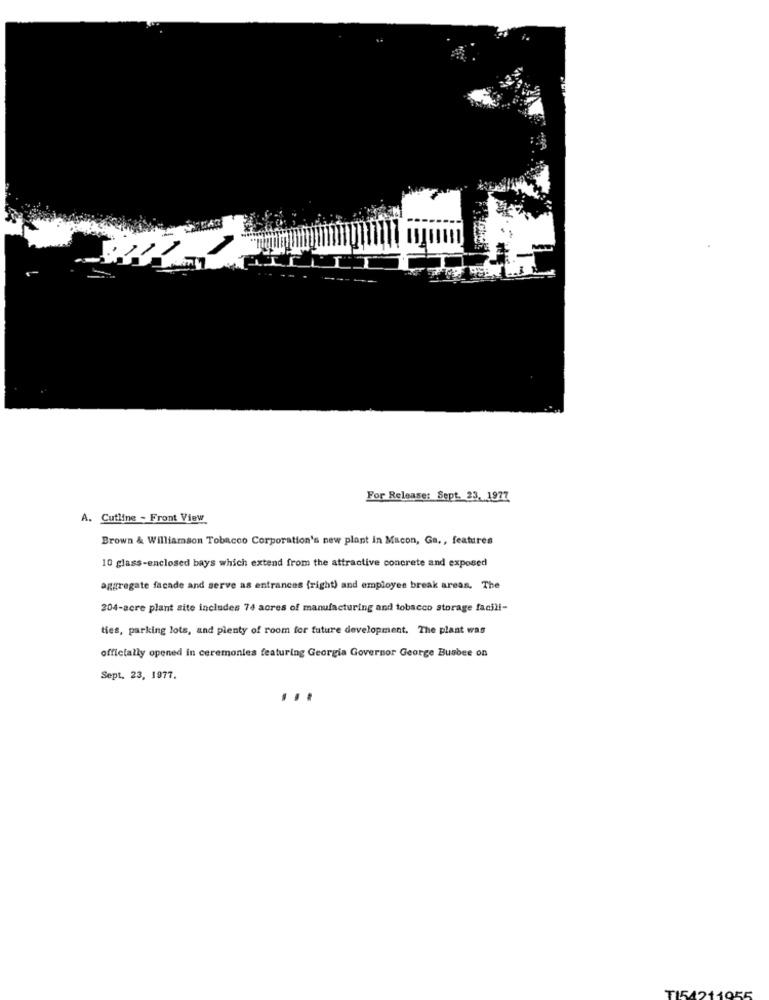
For Release: Sept. 23. 1977
A. Cutline - Front View
Brown & Williamson Tobacco Corporation's new plant in Macon, Ga ., features
10 glass-enclosed bays which extend from the attractive concrete and exposed
aggregate facade and serve as entrances (right) and employee break areas. The
204-acre plant site includes 74 acres of manufacturing and tobacco storage facili-
ties, parking lots, and plenty of room for future development. The plant was
officially opened in ceremonies featuring Georgia Governor George Busbee on
Sept. 23, 1977.
...
TI54211055